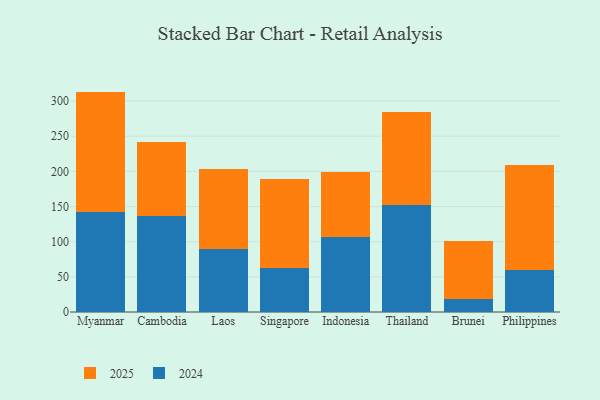
{"axis": {"x": "Country", "y": "Shipments"}, "legend": ["2024", "2025"], "data": [{"x": "Myanmar", "y": 171.1, "type": "2025"}, {"x": "Myanmar", "y": 142.4, "type": "2024"}, {"x": "Cambodia", "y": 105.7, "type": "2025"}, {"x": "Cambodia", "y": 136.4, "type": "2024"}, {"x": "Laos", "y": 113.8, "type": "2025"}, {"x": "Laos", "y": 89.8, "type": "2024"}, {"x": "Singapore", "y": 125.8, "type": "2025"}, {"x": "Singapore", "y": 62.8, "type": "2024"}, {"x": "Indonesia", "y": 92.2, "type": "2025"}, {"x": "Indonesia", "y": 106.7, "type": "2024"}, {"x": "Thailand", "y": 131.5, "type": "2025"}, {"x": "Thailand", "y": 152.7, "type": "2024"}, {"x": "Brunei", "y": 82.5, "type": "2025"}, {"x": "Brunei", "y": 18.5, "type": "2024"}, {"x": "Philippines", "y": 148.4, "type": "2025"}, {"x": "Philippines", "y": 60.4, "type": "2024"}]}